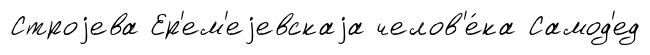
Строjева Ер'ем'еjевскаjа челов'е́ка Самод'ед